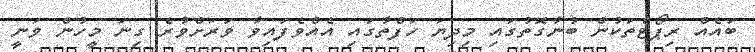
ބައެއް ރިޕޯޓްތަކުން ބުނާގޮތުގައި މިދިޔަ ހަފްތާގައި އެއްވެފައިވާ ވަރަށްވުރެ ގިނަ މީހުން ވަނީ